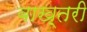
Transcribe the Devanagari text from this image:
बाख़्तरी